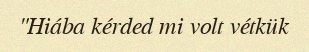
"Hiába kérded mi volt vétkük